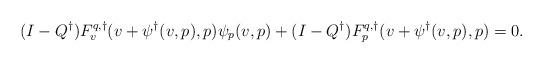
LaTeX: \begin{align*}(I-Q^\dagger)F^{q,\dagger}_v(v+\psi^\dagger(v,p),p)\psi_p(v,p) + (I-Q^\dagger)F^{q,\dagger}_p(v+\psi^\dagger(v,p),p) = 0.\end{align*}